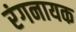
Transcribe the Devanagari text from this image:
रंगनायक